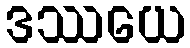
ဒဿယေ